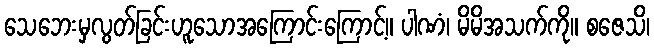
သေဘေးမှလွတ်ခြင်းဟူသောအကြောင်းကြောင့်။ ပါဏံ၊ မိမိအသက်ကို။ စဇေသိ၊